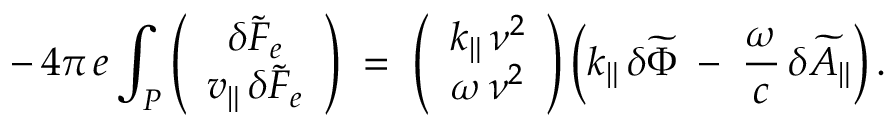
- \, 4 \pi \, e \int _ { P } \left( \begin{array} { c } { \delta \widetilde { F } _ { e } } \\ { v _ { \| } \, \delta \widetilde { F } _ { e } } \end{array} \right) \; = \; \left( \begin{array} { c } { k _ { \| } \, \nu ^ { 2 } } \\ { \omega \, \nu ^ { 2 } } \end{array} \right) \left( k _ { \| } \, \delta \widetilde { \Phi } \; - \; \frac { \omega } { c } \, \delta \widetilde { A } _ { \| } \right) .